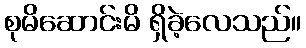
စုမိဆောင်းမိ ရှိခဲ့လေသည်။